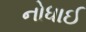
નોધાઈ